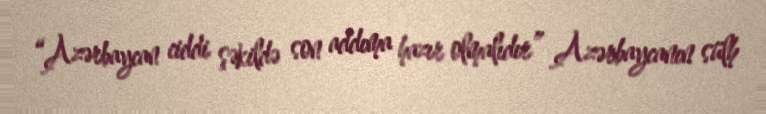
“Azərbaycan ciddi şəkildə son addıma hazır olmalıdır” Azərbaycanın sülh